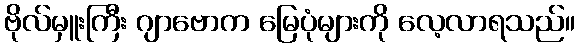
ဗိုလ်မှူးကြီး ဂျာဗောက မြေပုံများကို လေ့လာရသည်။